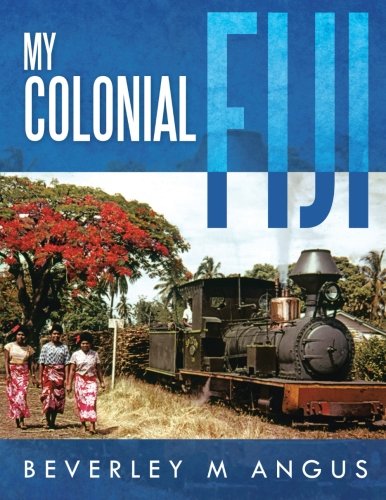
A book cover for My Colonial Fiji; Beverley M. Angus; History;